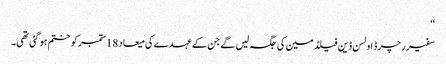
‘‘
سفیر رچرڈ اولسن ڈین فیلڈمین کی جگہ لیں گے جن کے عہدے کی میعاد 18 ستمبر کو ختم ہو گئی تھی۔